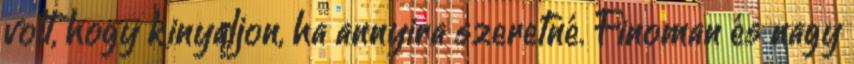
volt, hogy kinyaljon, ha annyira szeretné. Finoman és nagy